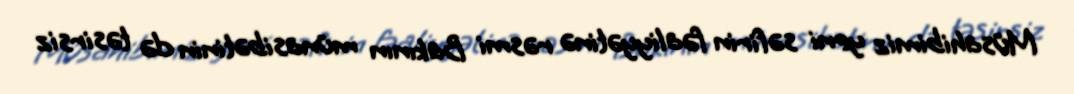
Müsahibimiz yeni səfirin fəaliyyətinə rəsmi Bakının münasibətinin də təsirsiz